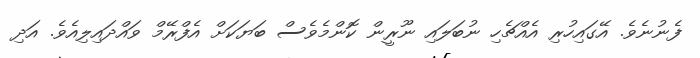
ފެނުނެވެ. އޭގައިހުރި އެއްޗެހި ނުބަލައި ނޫރީން ކޮންމެވެސް ބަޔަކަށް އެފްރޭމް ވައްދައިލިއެވެ. އަދި